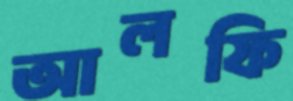
আলফি